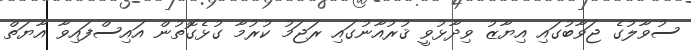
ސުވާލުގެ ޖަވާބުގައި އިޔާޒު ވިދާޅުވީ ޤުރުއާނުގައި ރަޖަމު ކުރުމާ ގުޅެގޮތުން އައިސްފައިވާ އާޔަތް